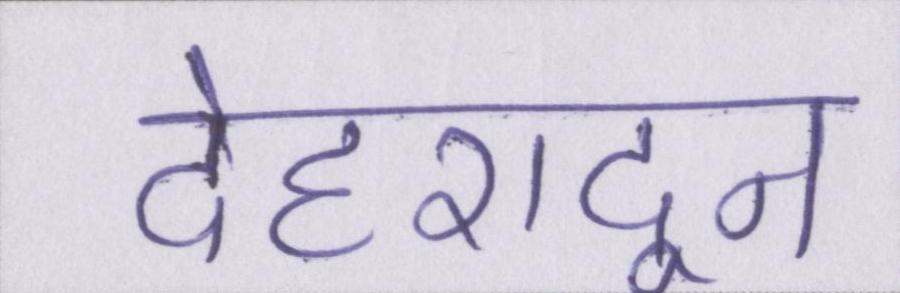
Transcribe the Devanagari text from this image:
देहरादून